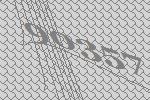
90357